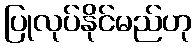
ပြုလုပ်နိုင်မည်ဟု